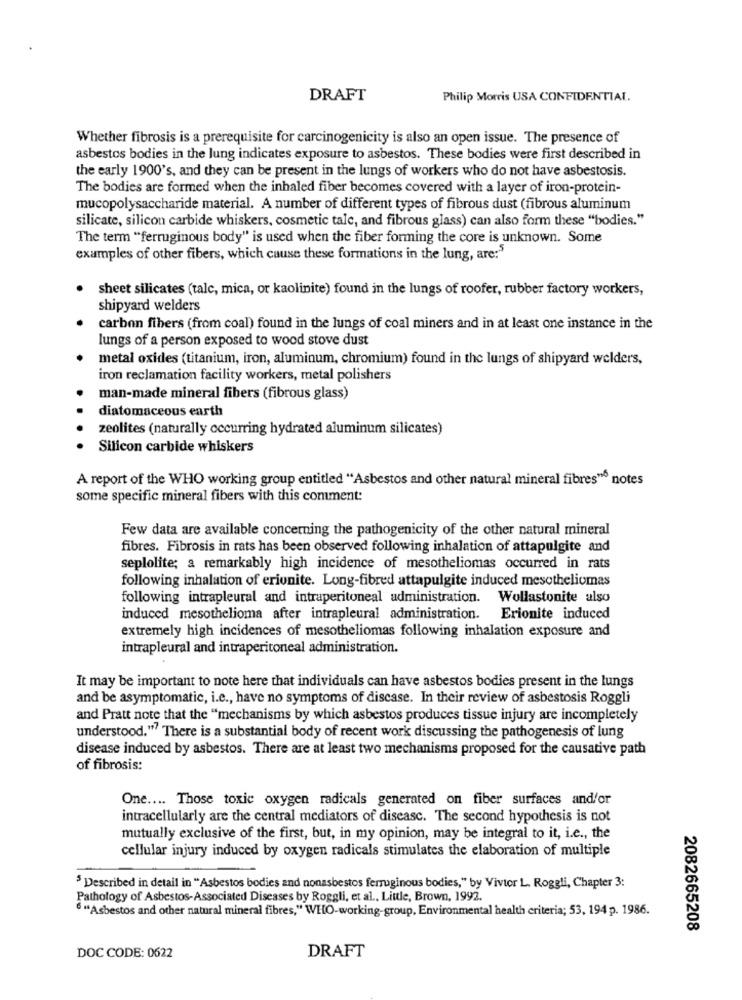
DRAFT
Philip Morris USA CONFIDENTIAL.
Whether fibrosis is a prerequisite for carcinogenicity is also an open issue. The presence of
asbestos bodies in the lung indicates exposure to asbestos. These bodies were first described in
the early 1900's, and they can be present in the lungs of workers who do not have asbestosis.
The bodies are formed when the inhaled fiber becomes covered with a layer of iron-protein-
mucopolysaccharide material. A number of different types of fibrous dust (fibrous aluminum
silicate, silicon carbide whiskers, cosmetic tale, and fibrous glass) can also form these "bodies."
The term "ferruginous body" is used when the fiber forming the core is unknown. Some
examples of other fibers, which cause these formations in the lung, are:"
sheet silicates (talc, mica, or kaolinite) found in the lungs of roofer, rubber factory workers,
shipyard welders
carbon fibers (from coal) found in the lungs of coal miners and in at least one instance in the
lungs of a person exposed to wood stove dust
metal oxides (titanium, iron, aluminum, chromium) found in the lungs of shipyard welders,
iron reclamation facility workers, metal polishers
man-made mineral fibers (fibrous glass)
diatomaceous earth
zeolites (naturally occurring hydrated aluminum silicates)
Silicon carbide whiskers
A report of the WHO working group entitled "Asbestos and other natural mineral fibres" notes
some specific mineral fibers with this comment:
Few data are available concerning the pathogenicity of the other natural mineral
fibres. Fibrosis in rats has been observed following inhalation of attapulgite and
seplolite; a remarkably high incidence of mesotheliomas occurred in rats
following inhalation of eriunite. Long-fibred attapulgite induced mesotheliomas
following intrapleural and intraperitoneal administration. Wollastonite also
induced mesothelioma after intrapleural administration. Erionite induced
extremely high incidences of mesotheliomas following inhalation exposure and
intrapleural and intraperitoneal administration.
It may be important to note here that individuals can have asbestos bodies present in the lungs
and be asymptomatic, i.e ., have no symptoms of discase. In their review of asbestosis Roggli
and Pratt note that the "mechanisms by which asbestos produces tissue injury are incompletely
understood." There is a substantial body of recent work discussing the pathogenesis of lung
disease induced by asbestos. There are at least two mechanisms proposed for the causative path
of fibrosis:
One .... Those toxic oxygen radicals generated on fiber surfaces and/or
intracellularly are the central mediators of disease. The second hypothesis is not
mutually exclusive of the first, but, in my opinion, may be integral to it, i.e ., the
cellular injury induced by oxygen radicals stimulates the elaboration of multiple
5 Described in detail in "Asbestos bodies and nonasbestos ferruginous bodies," by Vivtor L. Roggli, Chapter 3:
Pathology of Asbestos-Associated Diseases by Roggli, et al ., Little, Brown, 1992.
" "Asbestos and other natural mineral fibres," WHO-working-group, Environmental health criteria; 53, 194 p. 1986.
2082665208
DRAFT
DOC CODE: 0622